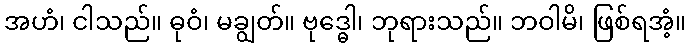
အဟံ၊ ငါသည်။ ဓုဝံ၊ မချွတ်။ ဗုဒ္ဓေါ၊ ဘုရားသည်။ ဘဝါမိ၊ ဖြစ်ရအံ့။